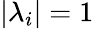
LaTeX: |\lambda_{i}|=1